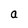
Character: a